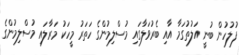
ފުލުހުން ބުނީ އަލުތުގަމާ އާއި ބެރުވަލާގައި މުސްލިމުންގެ ހަތަރު މީހަކު މަރާލައި މުސްލިމުންގެ